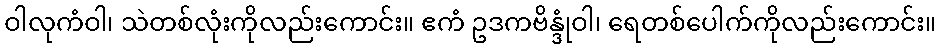
ဝါလုကံဝါ၊ သဲတစ်လုံးကိုလည်းကောင်း။ ဧကံ ဥဒကဗိန္ဒုံဝါ၊ ရေတစ်ပေါက်ကိုလည်းကောင်း။